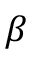
\beta